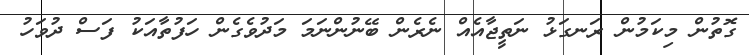
ގޮތުން މިކަމުން ރަނގަޅު ނަތީޖާއެއް ނެރެން ބޭނުންނަމަ މަދުވެގެން ހަފުތާއަކު ފަސް ދުވަހު